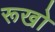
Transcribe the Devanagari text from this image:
रूखो